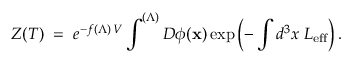
{ \cal Z } ( T ) \; = \; e ^ { - f ( \Lambda ) \, V } \int ^ { ( \Lambda ) } { \cal D } \phi ( { \bf x } ) \exp \left( - \int d ^ { 3 } x \; { \cal L } _ { \mathrm { e f f } } \right) .